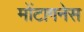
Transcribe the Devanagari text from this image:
मोंटागनेस